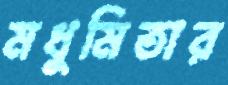
মধুমিতার